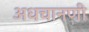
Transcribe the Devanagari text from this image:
अधचानणी